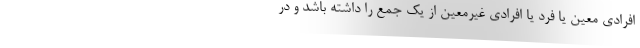
افرادی معین یا فرد یا افرادی غیرمعین از یک جمع را داشته باشد و در